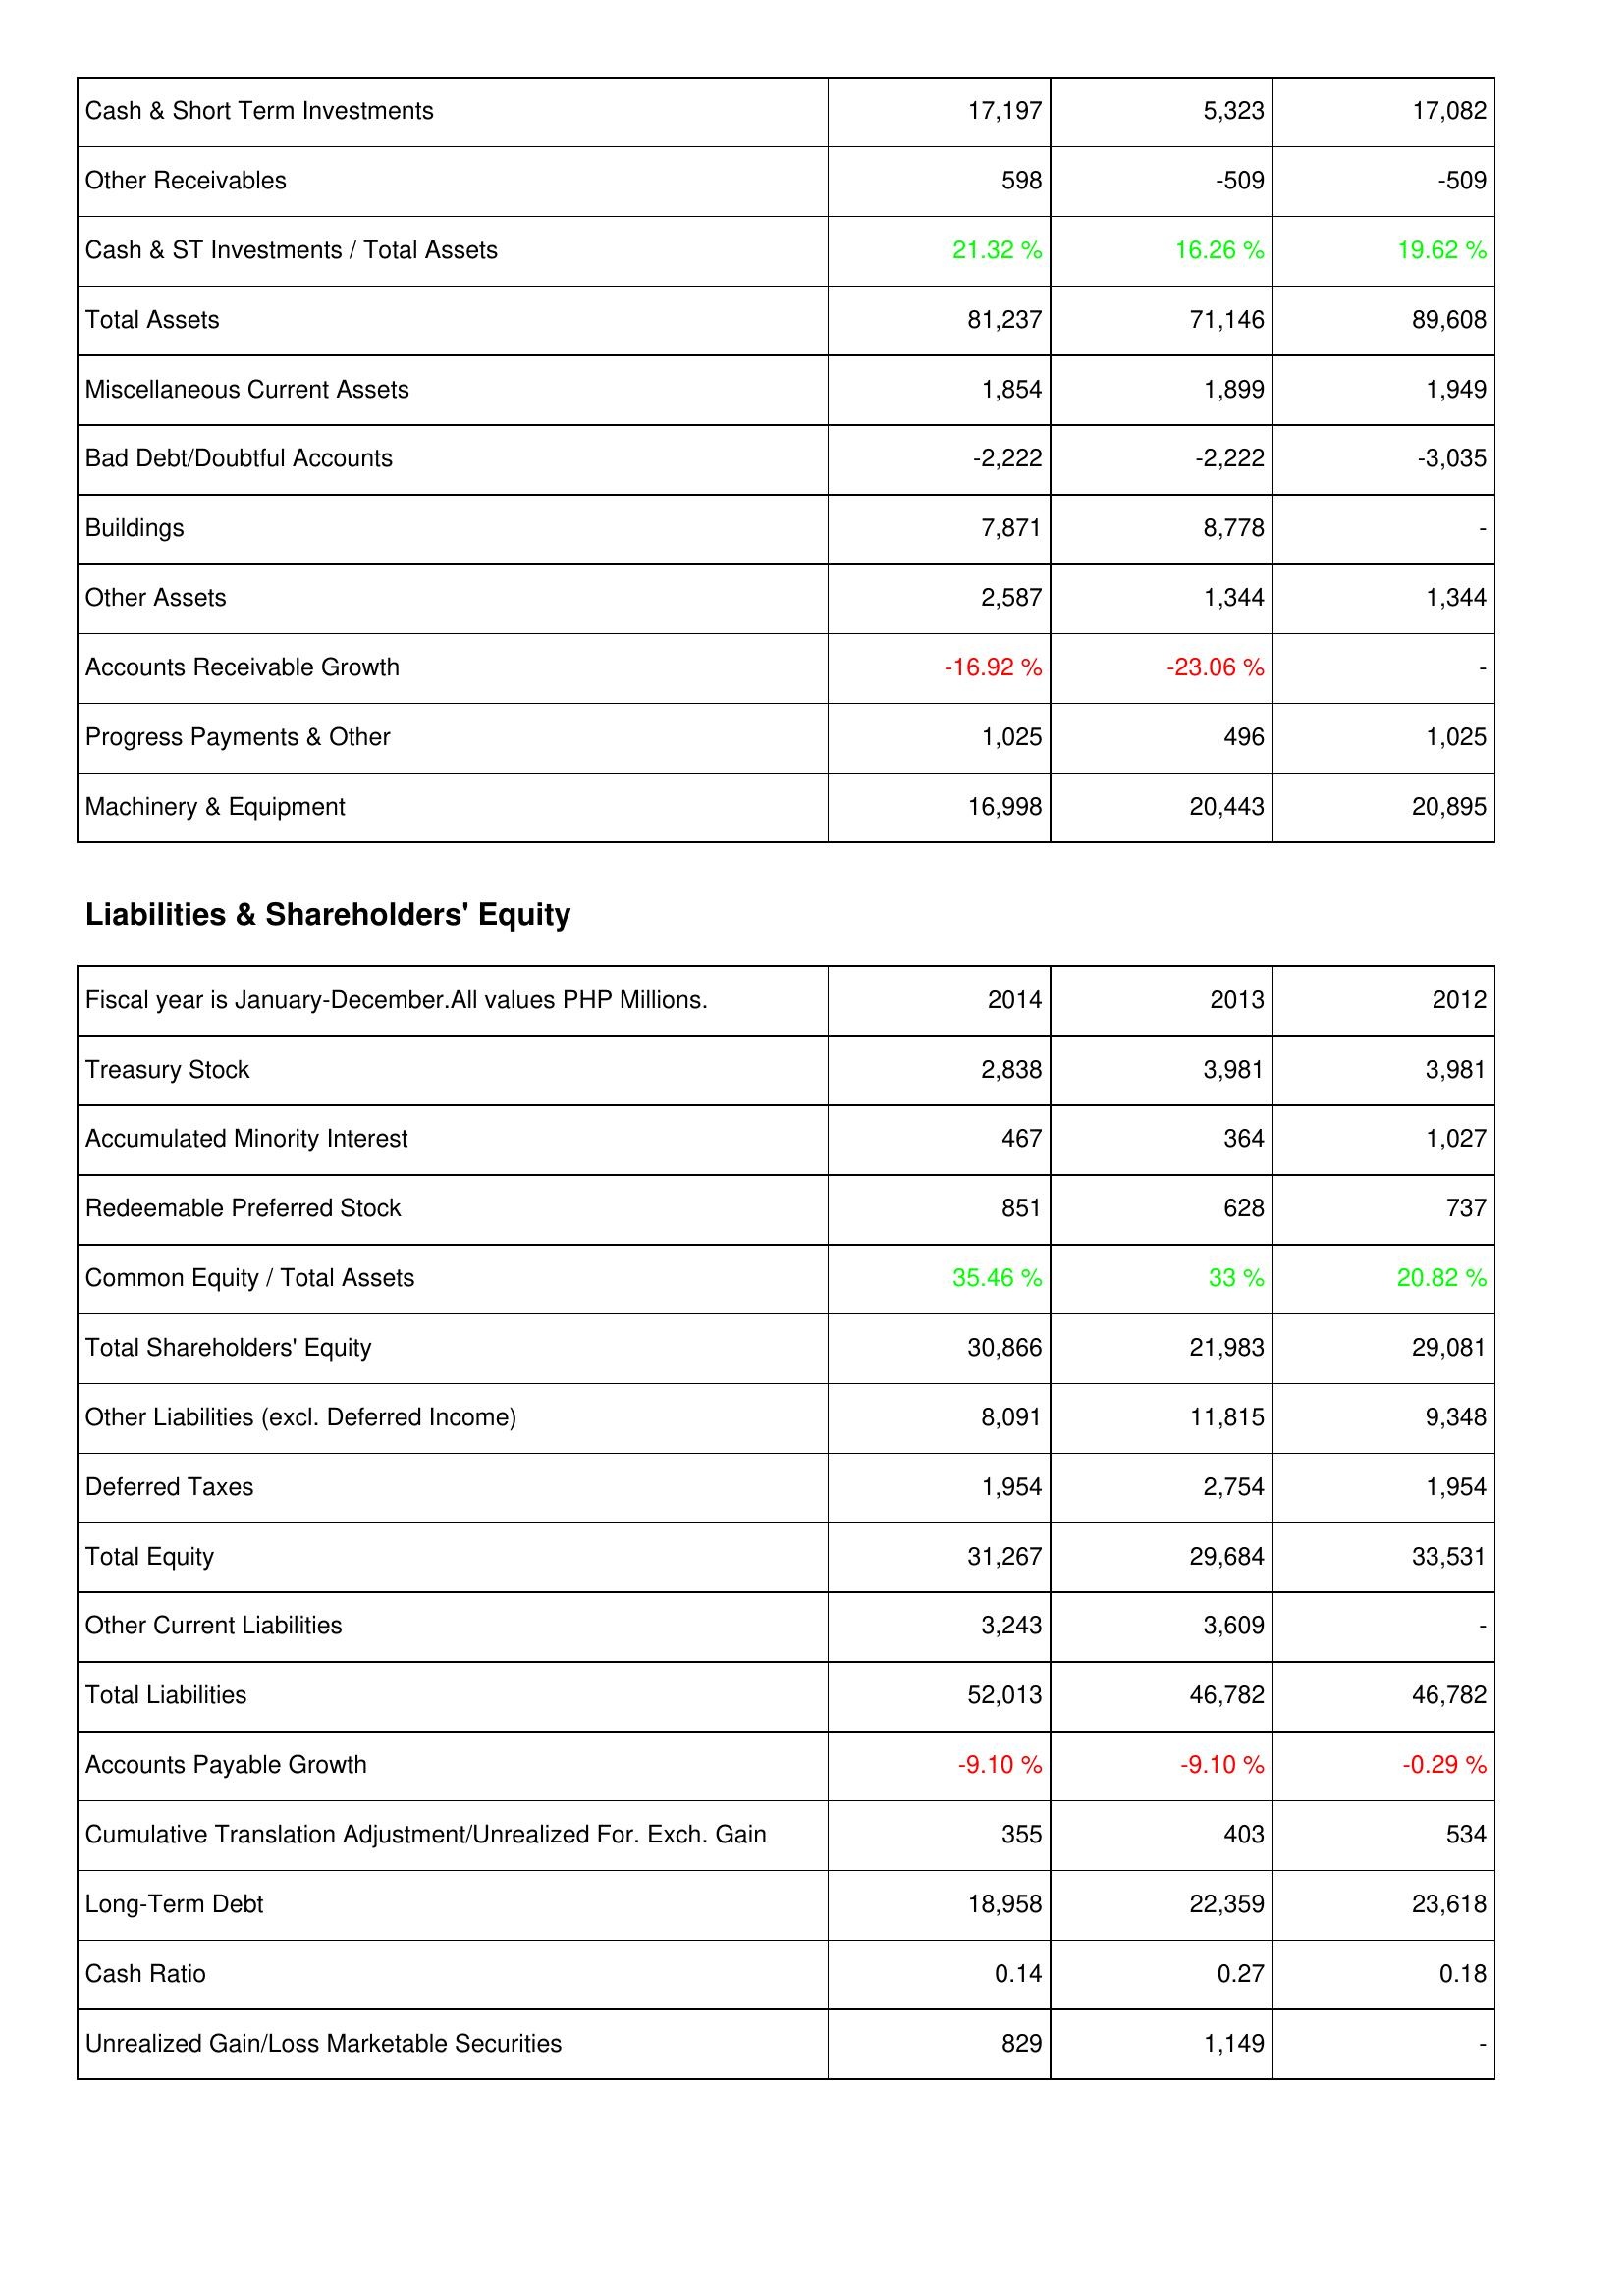
2014: Assets: Cash & Short Term Investments: 17,197
Other Receivables: 598
Cash & ST Investments / Total Assets: 21.32 %
Total Assets: 81,237
Miscellaneous Current Assets: 1,854
Bad Debt/Doubtful Accounts: -2,222
Buildings: 7,871
Other Assets: 2,587
Accounts Receivable Growth: -16.92 %
Progress Payments & Other: 1,025
Machinery & Equipment: 16,998
Liabilities & Shareholders' Equity: Treasury Stock: 2,838
Accumulated Minority Interest: 467
Redeemable Preferred Stock: 851
Common Equity / Total Assets: 35.46 %
Total Shareholders' Equity: 30,866
Other Liabilities (excl. Deferred Income): 8,091
Deferred Taxes: 1,954
Total Equity: 31,267
Other Current Liabilities: 3,243
Total Liabilities: 52,013
Accounts Payable Growth: -9.10 %
Cumulative Translation Adjustment/Unrealized For. Exch. Gain: 355
Long-Term Debt: 18,958
Cash Ratio: 0.14
Unrealized Gain/Loss Marketable Securities: 829
2013: Assets: Cash & Short Term Investments: 5,323
Other Receivables: -509
Cash & ST Investments / Total Assets: 16.26 %
Total Assets: 71,146
Miscellaneous Current Assets: 1,899
Bad Debt/Doubtful Accounts: -2,222
Buildings: 8,778
Other Assets: 1,344
Accounts Receivable Growth: -23.06 %
Progress Payments & Other: 496
Machinery & Equipment: 20,443
Liabilities & Shareholders' Equity: Treasury Stock: 3,981
Accumulated Minority Interest: 364
Redeemable Preferred Stock: 628
Common Equity / Total Assets: 33 %
Total Shareholders' Equity: 21,983
Other Liabilities (excl. Deferred Income): 11,815
Deferred Taxes: 2,754
Total Equity: 29,684
Other Current Liabilities: 3,609
Total Liabilities: 46,782
Accounts Payable Growth: -9.10 %
Cumulative Translation Adjustment/Unrealized For. Exch. Gain: 403
Long-Term Debt: 22,359
Cash Ratio: 0.27
Unrealized Gain/Loss Marketable Securities: 1,149
2012: Assets: Cash & Short Term Investments: 17,082
Other Receivables: -509
Cash & ST Investments / Total Assets: 19.62 %
Total Assets: 89,608
Miscellaneous Current Assets: 1,949
Bad Debt/Doubtful Accounts: -3,035
Buildings: -
Other Assets: 1,344
Accounts Receivable Growth: -
Progress Payments & Other: 1,025
Machinery & Equipment: 20,895
Liabilities & Shareholders' Equity: Treasury Stock: 3,981
Accumulated Minority Interest: 1,027
Redeemable Preferred Stock: 737
Common Equity / Total Assets: 20.82 %
Total Shareholders' Equity: 29,081
Other Liabilities (excl. Deferred Income): 9,348
Deferred Taxes: 1,954
Total Equity: 33,531
Other Current Liabilities: -
Total Liabilities: 46,782
Accounts Payable Growth: -0.29 %
Cumulative Translation Adjustment/Unrealized For. Exch. Gain: 534
Long-Term Debt: 23,618
Cash Ratio: 0.18
Unrealized Gain/Loss Marketable Securities: -